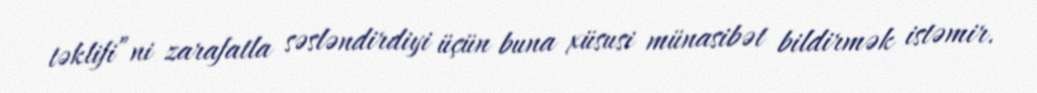
təklifi”ni zarafatla səsləndirdiyi üçün buna xüsusi münasibət bildirmək istəmir.